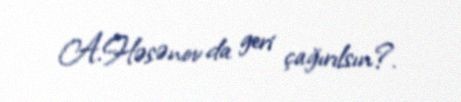
A.Həsənov da geri çağırılsın?.